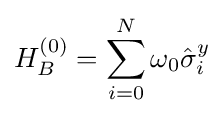
H_{B}^{(0)}=\sum _{i=0}^{N}\omega _{0}{\hat {\sigma }}_{i}^{y}